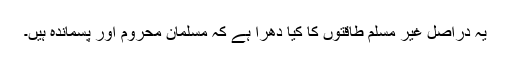
یہ دراصل غیر مسلم طاقتوں کا کیا دھرا ہے کہ مسلمان محروم اور پسماندہ ہیں۔